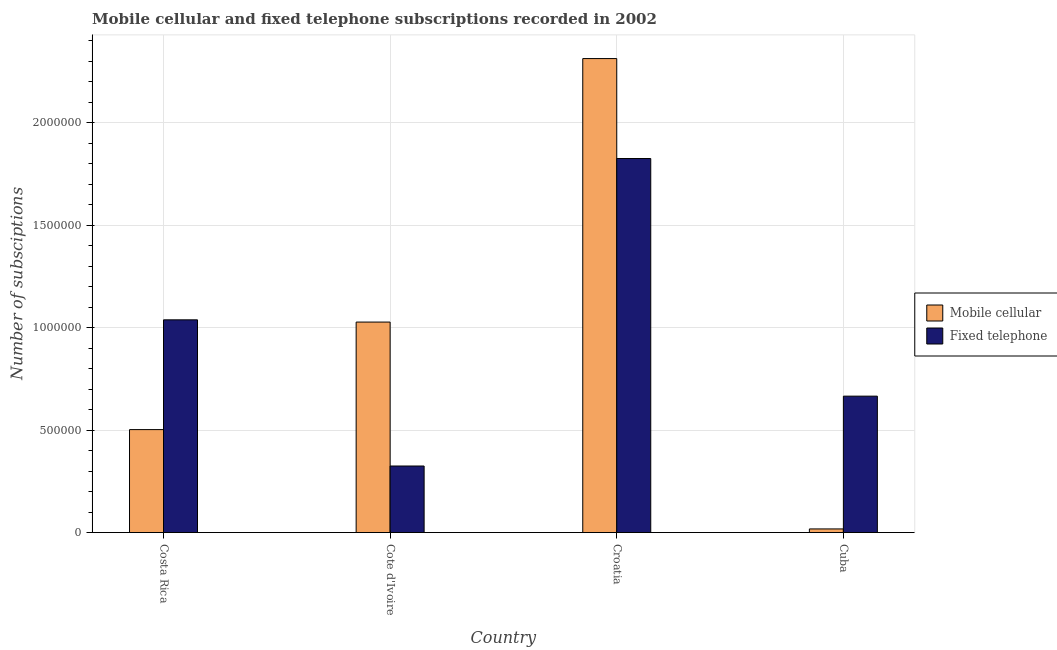
| Country | Mobile cellular | Fixed telephone |
 | --- | --- | --- |
 | Costa Rica | 5.02e+05 | 1.04e+06 |
 | Cote d'Ivoire | 1.03e+06 | 3.25e+05 |
 | Croatia | 2.31e+06 | 1.82e+06 |
 | Cuba | 1.79e+04 | 6.66e+05 |